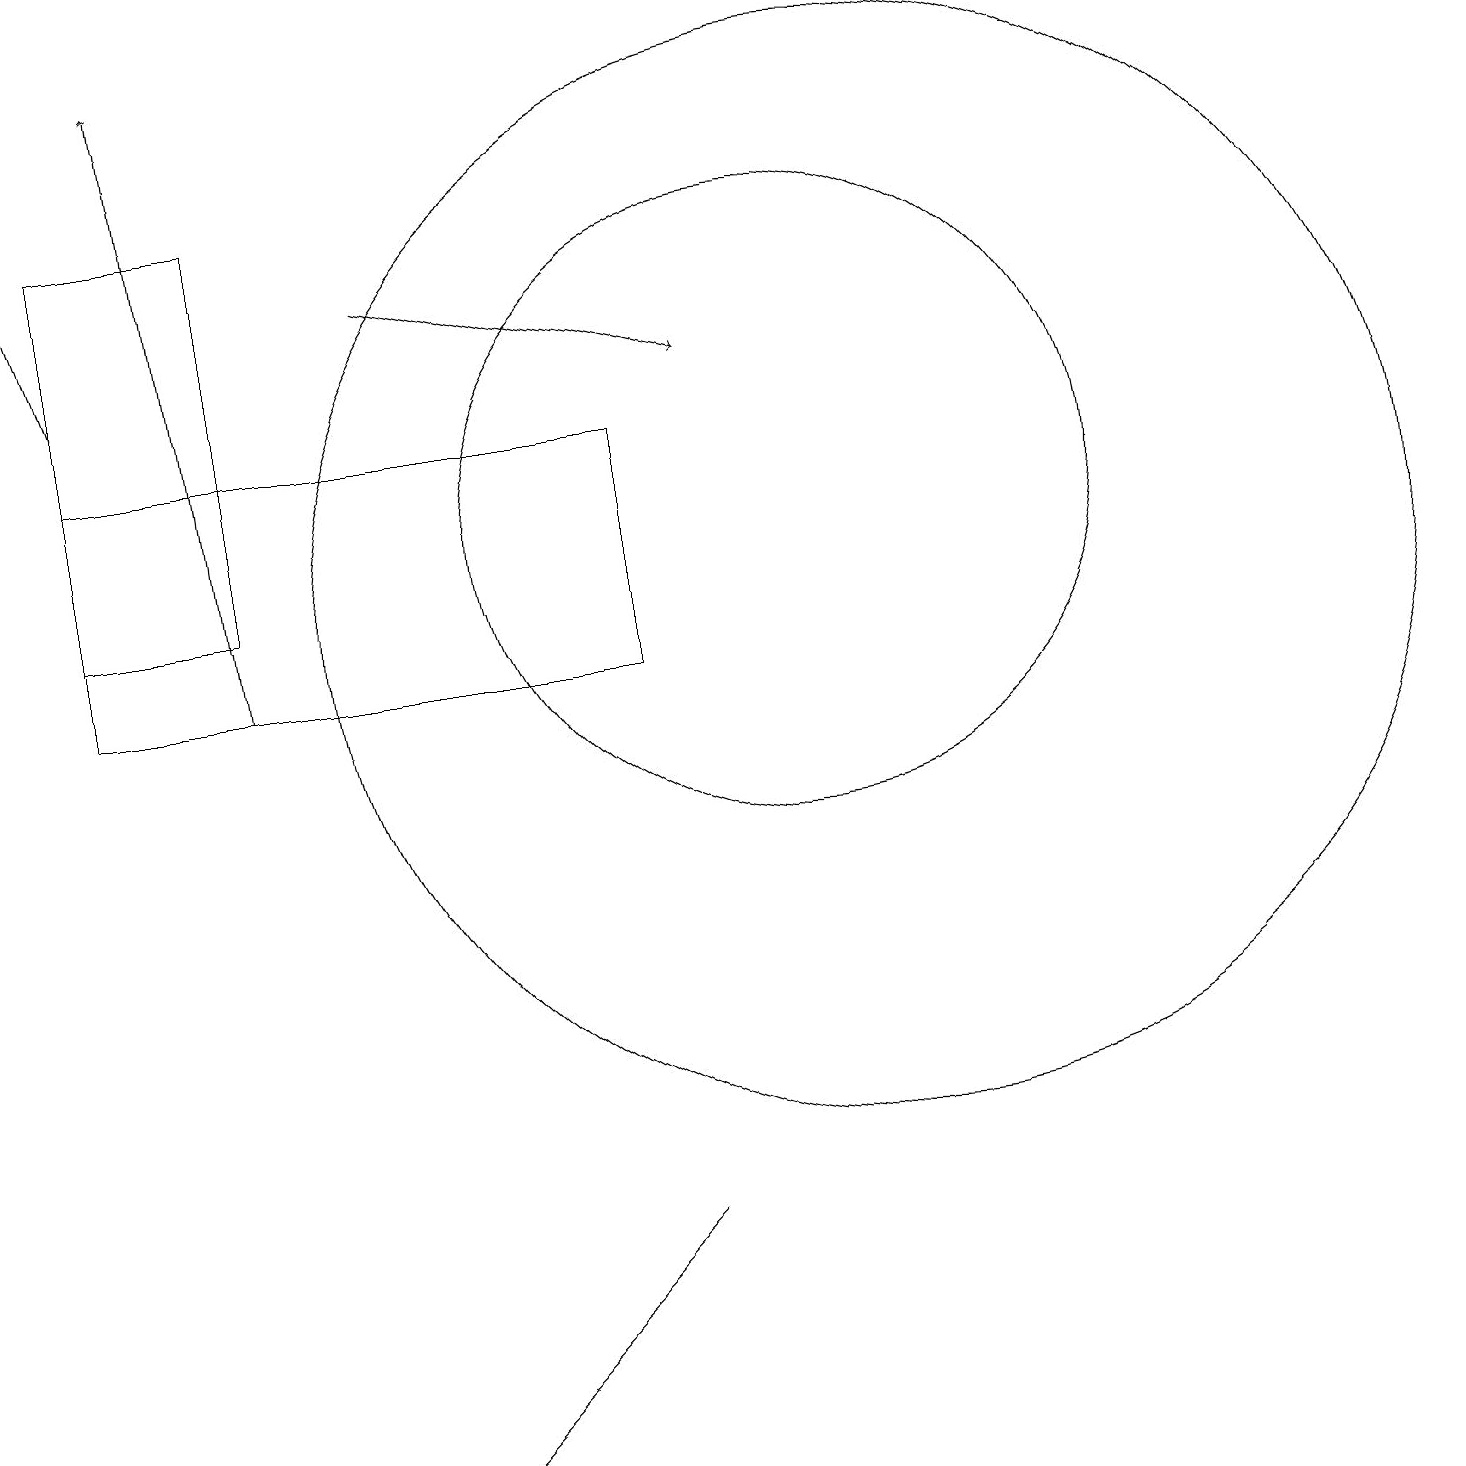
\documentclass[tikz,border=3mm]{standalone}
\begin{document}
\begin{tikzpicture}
\draw (8,13) rectangle (1,10);
\draw (11,11) circle (7);
\draw (3,11) rectangle (1,16);
\draw (10,12) circle (4);
\draw (6,1) -- (8,3) -- (5,0) -- cycle;
\draw[->] (5,15) -- (9,14);
\draw[->] (3,10) -- (2,18);
\draw[->] (1,14) -- (0,17);
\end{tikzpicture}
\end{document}